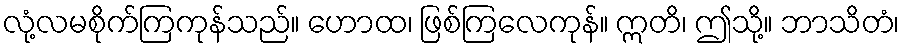
လုံ့လမစိုက်ကြကုန်သည်။ ဟောထ၊ ဖြစ်ကြလေကုန်။ ဣတိ၊ ဤသို့။ ဘာသိတံ၊